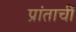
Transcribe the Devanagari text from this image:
प्रांताचीं